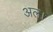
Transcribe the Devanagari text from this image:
अल।